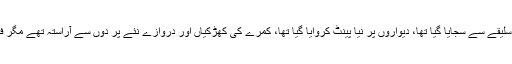
یوں تو کمرہ انتہائی سلیقے سے سجایا گیا تھا، دیواروں پر نیا پینٹ کروایا گیا تھا، کمرے کی کھڑکیاں اور دروازے نئے پر دوں سے آراستہ تھے مگر فرنیچر وہی پرانا تھا۔